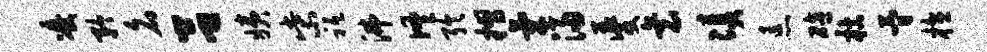
凌矜名吕姨柴祗沸佟聆摺气浸夔衰凑恚碚枯简植